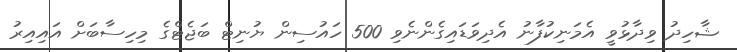
ޝާހިދު ވިދާޅުވީ އެމަނިކުފާނު އެދިވަޑައިގެންނެވި 500 ހައުސިން ޔުނިޓް ބަޖެޓްގެ މިހިސާބަށް އައިއިރު